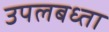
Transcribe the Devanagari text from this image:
उपलबध्ता